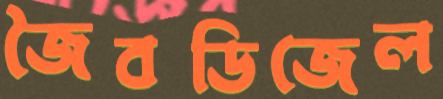
জৈবডিজেল